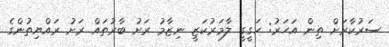
ސަރުކާރަށް ތިން އަހަރު: ހަގީގީ ލާމަރުކަޒީ ނިޒާމު ރަށު ބާރުތައް ރަށު ރައްޔިތުންގެ